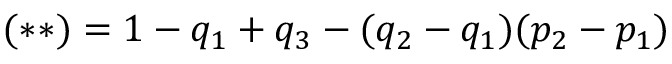
( \ast \ast ) = 1 - q _ { 1 } + q _ { 3 } - ( q _ { 2 } - q _ { 1 } ) ( p _ { 2 } - p _ { 1 } )